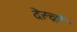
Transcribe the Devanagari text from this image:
देस्चों